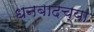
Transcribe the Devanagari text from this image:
धनबादच्या